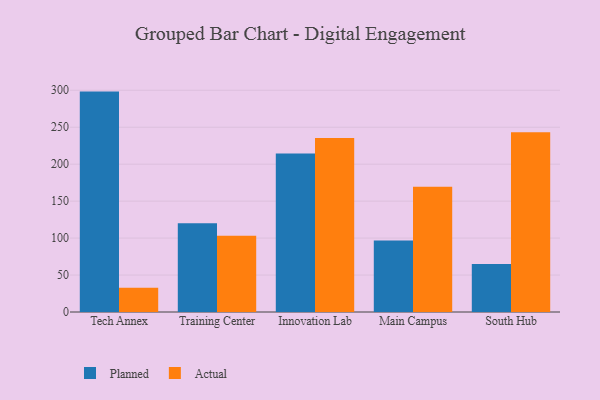
{"axis": {"x": "Campus", "y": "Shipments"}, "legend": ["Actual", "Planned"], "data": [{"x": "Tech Annex", "y": 298.2, "type": "Planned"}, {"x": "Tech Annex", "y": 32.9, "type": "Actual"}, {"x": "Training Center", "y": 120.1, "type": "Planned"}, {"x": "Training Center", "y": 103.0, "type": "Actual"}, {"x": "Innovation Lab", "y": 214.4, "type": "Planned"}, {"x": "Innovation Lab", "y": 235.4, "type": "Actual"}, {"x": "Main Campus", "y": 96.8, "type": "Planned"}, {"x": "Main Campus", "y": 169.4, "type": "Actual"}, {"x": "South Hub", "y": 65.1, "type": "Planned"}, {"x": "South Hub", "y": 243.2, "type": "Actual"}]}